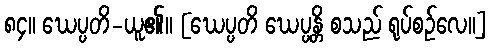
၈၄။ ဃေပ္ပတိ-ယူ၏။ [ဃေပ္ပတိ ဃေပ္ပန္တိ စသည် ရုပ်စဉ်လေ။]